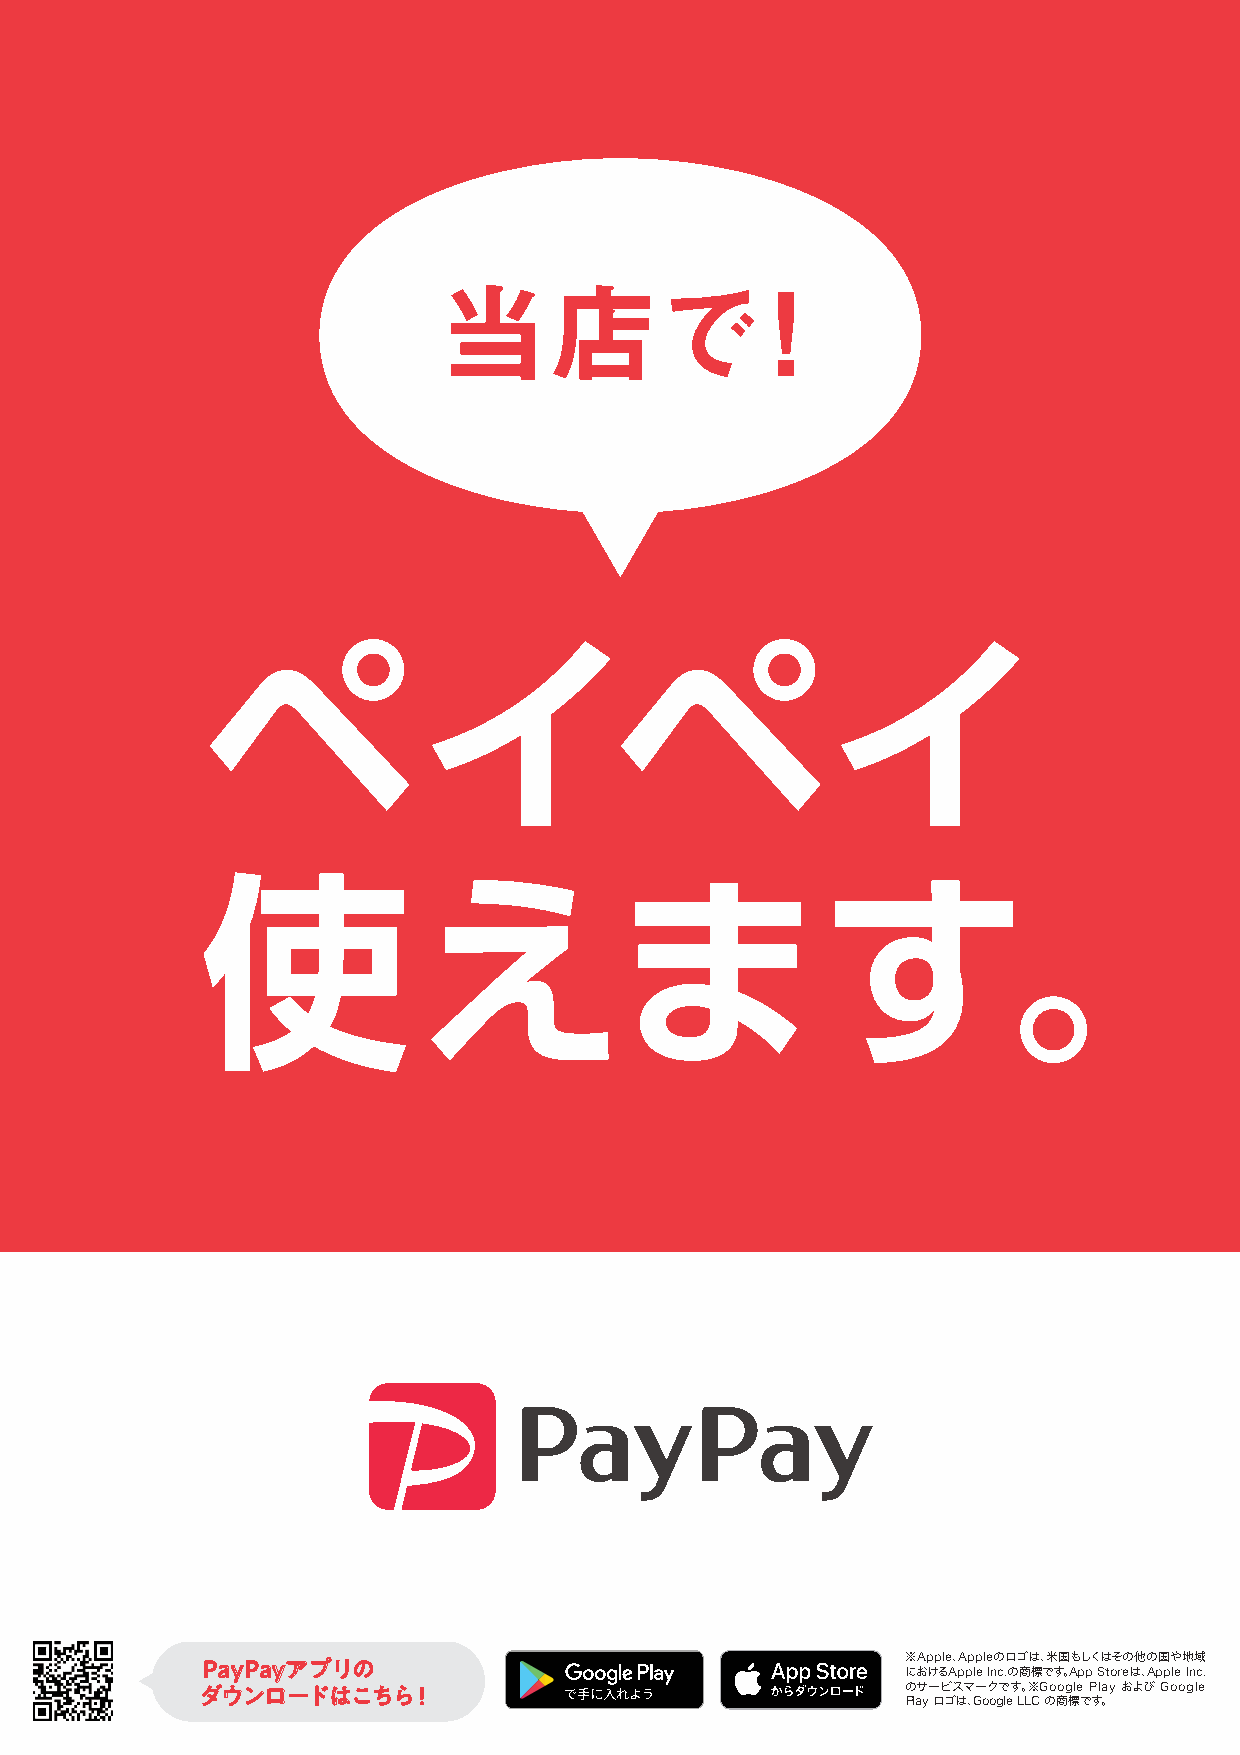
当店で！
 ペイペイ
 使えます。
 ※Apple、Appleのロゴは、米国もしくはその他の国や地域
 PPaayyPPaayyアアププリリのの
 におけるApple Inc.の商標です。App Storeは、Apple Inc.
 ダダウウンンロローードドははここちちらら！！                         のサービスマークです。※Google Play および Google
 Play ロゴは、Google LLC の商標です。